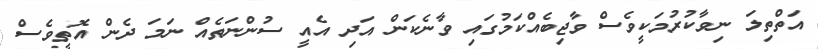
އަތްތިލަ ނިވާކުރުމަކީވެސް ވާޖިބެއްކަމުގައި ވާނެކަން އަދި އެއީ ސުންނަތެއް ނަމަ ދެން އޮތީވެސް